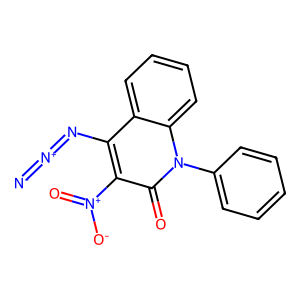
SMILES: [N-]=[N+]=Nc1c([N+](=O)[O-])c(=O)n(-c2ccccc2)c2ccccc12
Inhibits HIV replication: No